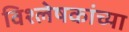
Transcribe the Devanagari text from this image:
विश्लेषकांच्या